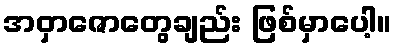
အဝှာဇောတွေချည်း ဖြစ်မှာပေါ့။